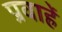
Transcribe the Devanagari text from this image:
प्रवाहें